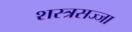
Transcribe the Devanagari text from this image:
शस्त्रसज्जा